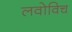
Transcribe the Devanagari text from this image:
लवोविच